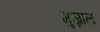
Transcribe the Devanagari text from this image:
गुज्राल